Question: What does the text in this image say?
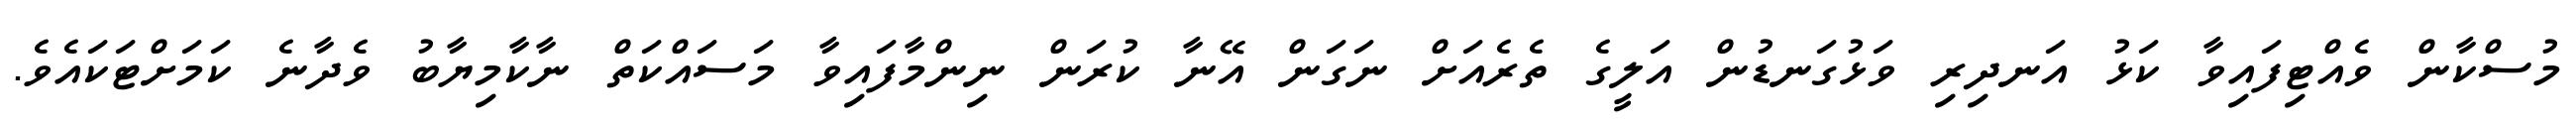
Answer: މުސްކާން ވެއްޓިފައިވާ ކަޅު އަނދިރި ވަޅުގަނޑުން އަލީގެ ތެރެއަށް ނަގަން އޭނާ ކުރަން ނިންމާފައިވާ މަސައްކަތް ނާކާމިޔާބު ވެދާނެ ކަމަށްޓަކައެވެ.